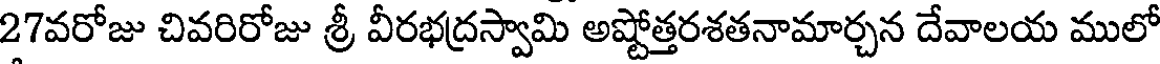
27వరోజు చివరిరోజు శ్రీ వీరభద్రస్వామి అష్టోత్తరశతనామార్చన దేవాలయ ములో